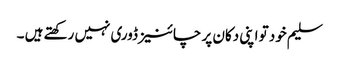
سلیم خود تو اپنی دکان پر چائنیز ڈوری نہیں رکھتے ہیں ۔